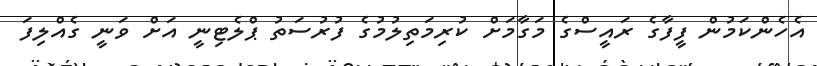
އެހެންކަމުން ފީފާގެ ރައީސްގެ މަގާމަށް ކުރިމަތިލުމުގެ ފުުރުސަތު ޕްލެޓިނީ އަށް ވަނީ ގެއްލިފަ